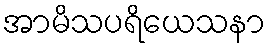
အာမိသပရိယေသနာ